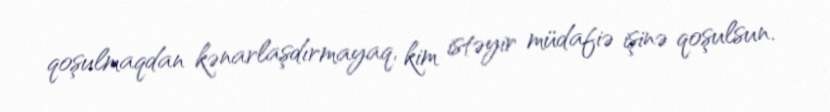
qoşulmaqdan kənarlaşdırmayaq, kim istəyir müdafiə işinə qoşulsun.